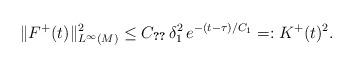
LaTeX: \begin{align*}\|F^+(t)\|^2_{L^\infty(M)} \leq C_{\ref{moser}} \, \delta_1^2 \, e^{-(t-\tau)/C_1} = : K^+(t)^2.\end{align*}